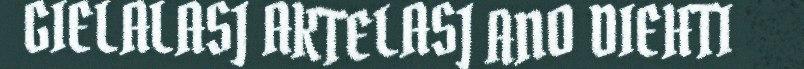
GIELALASJ AKTELASJ ANO DIEHTI